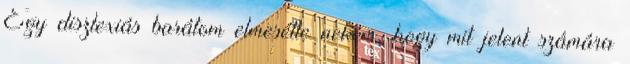
Egy diszlexiás barátom elmesélte nekem, hogy mit jelent számára